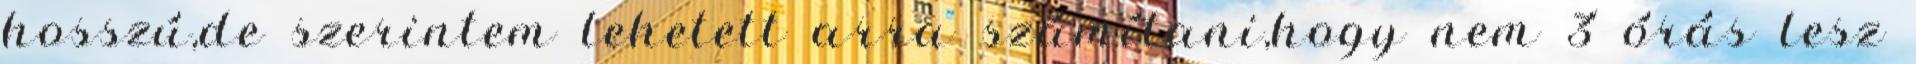
hosszú,de szerintem lehetett arra számí­tani,hogy nem 3 órás lesz